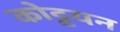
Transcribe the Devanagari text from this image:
कोट्टयन